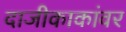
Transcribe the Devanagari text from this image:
दाजीकाकांवर